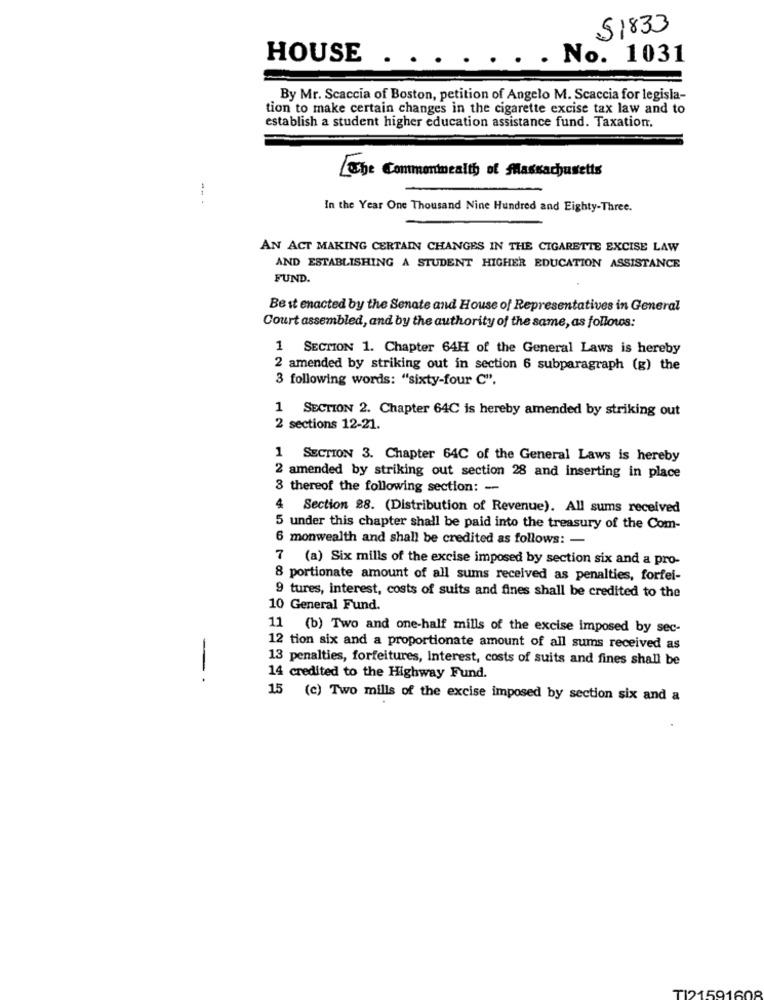
$1833
HOUSE
. . No. 1031
. By Mr. Scaccia of Boston, petition of Angelo M. Scaccia for legisla-
tion to make certain changes in the cigarette excise tax law and to
establish a student higher education assistance fund. Taxation,
Che Commentneally of Massachusetts
In the Year One Thousand Nine Hundred and Eighty-Three.
AN ACT MAKING CERTAIN CHANGES IN THE CIGARETTE EXCISE LAW
AND ESTABLISHING A STUDENT HIGHER EDUCATION ASSISTANCE
FUND.
Best enacted by the Senate and House of Representatives in General
Court assembled, and by the authority of the same, as follows:
1 SECTION 1. Chapter 64H of the General Laws is hereby
2 amended by striking out in section 6 subparagraph (g) the
3 following words: "sixty-four C".
1 SECTION 2. Chapter 64C is hereby amended by striking out
2 sections 12-21.
1 SECTION 3. Chapter 64C of the General Laws is hereby
2 amended by striking out section 28 and inserting in place
3 thereof the following section: --
4 Section 88. (Distribution of Revenue). All sums received
5 under this chapter shall be paid into the treasury of the Com-
6 monwealth and shall be credited as follows: -
7 (a) Six mills of the excise imposed by section six and a pro-
8 portionate amount of all sums received as penalties, forfei-
9 tures, interest, costs of suits and fines shall be credited to the
10 General Fund.
11 (b) Two and one-half mills of the excise imposed by sec-
12 tion six and a proportionate amount of all sums received as
13 penalties, forfeitures, Interest, costs of suits and fines shall be
-
14 credited to the Highway Fund.
15 (c) Two mills of the excise imposed by section six and a
TI21591608